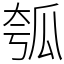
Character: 瓠